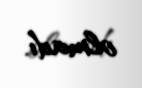
olmadı.